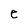
Character: e